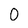
Character: 0